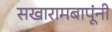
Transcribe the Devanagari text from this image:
सखारामबापूंनी